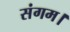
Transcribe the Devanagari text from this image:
संगम।